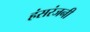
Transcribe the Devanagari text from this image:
हंसरंजनी